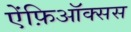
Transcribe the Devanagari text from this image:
ऐंफ़िऑक्सस